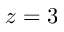
z = 3